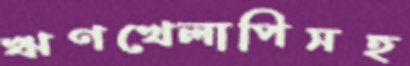
ঋণখেলাপিসহ